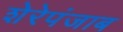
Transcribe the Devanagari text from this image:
शेरेपंजाब